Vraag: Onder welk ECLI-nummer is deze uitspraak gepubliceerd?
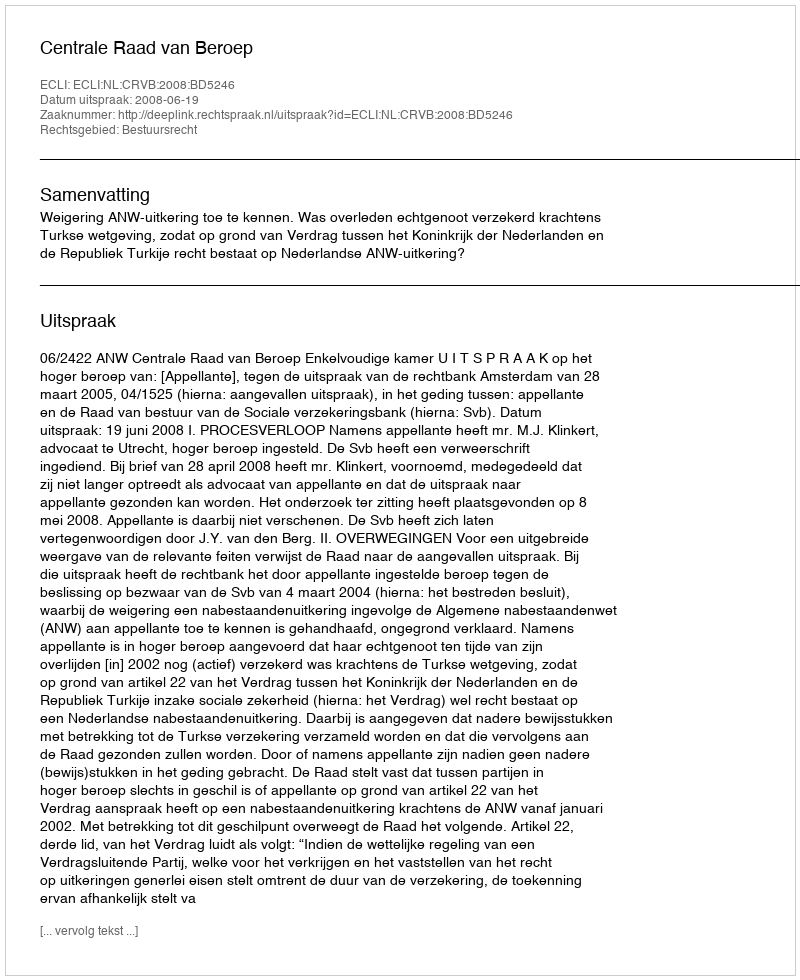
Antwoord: ECLI:NL:CRVB:2008:BD5246